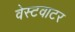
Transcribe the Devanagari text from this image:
वेस्टवाटर